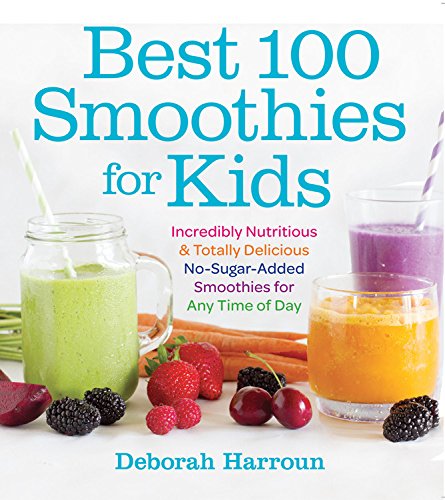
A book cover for Best 100 Smoothies for Kids: Incredibly Nutritious and Totally Delicious No-Sugar-Added Smoothies for Any Time of Day; Deborah Harroun; Cookbooks, Food & Wine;